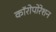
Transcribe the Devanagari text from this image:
कॉरोपोरेशन